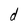
Character: d